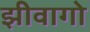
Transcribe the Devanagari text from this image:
झीवागो